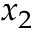
x _ { 2 }